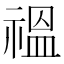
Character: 𫀚